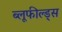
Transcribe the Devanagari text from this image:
ब्लूफील्ड्स